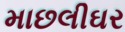
માછલીઘર